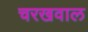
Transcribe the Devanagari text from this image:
चरखवाल